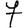
Digit: 7